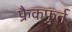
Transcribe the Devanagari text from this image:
फ्रैकफुर्त